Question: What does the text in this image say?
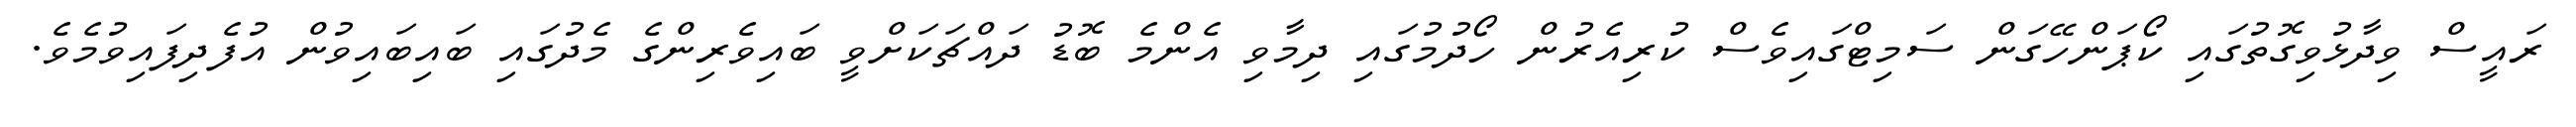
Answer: ރައީސް ވިދާޅުވިގޮތުގައި ކޯޕަންހޭގަން ސަމިޓްގައިވެސް ކުރިއެރުން ހޯދުމުގައި ދިމާވި އެންމެ ބޮޑު ދައްޗަކަށްވީ ބައިވެރިންގެ މެދުގައި ބައިބައިވުން އުފެދިފައިވުމެވެ.